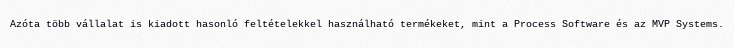
Azóta több vállalat is kiadott hasonló feltételekkel használható termékeket, mint a Process Software és az MVP Systems.